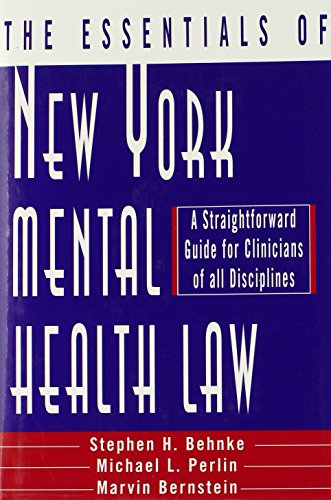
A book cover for The Essentials of New York Mental Health Law: A Straightforward Guide for Clinicians of All Disciplines (Norton Professional Books); Stephen H. Behnke; Law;